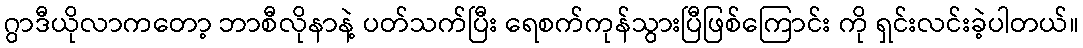
ဂွာဒီယိုလာကတော့ ဘာစီလိုနာနဲ့ ပတ်သက်ပြီး ရေစက်ကုန်သွားပြီဖြစ်ကြောင်း ကို ရှင်းလင်းခဲ့ပါတယ်။